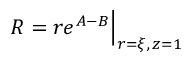
R = r e ^ { A - B } \Big | _ { r = \xi , \, z = 1 }